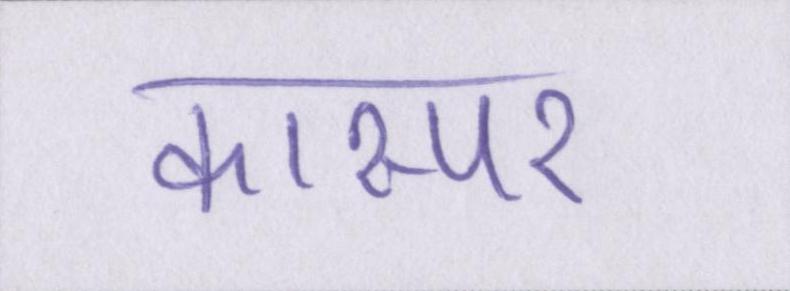
कास्पर